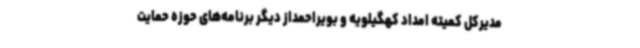
مدیرکل کمیته امداد کهگیلویه و بویراحمداز دیگر برنامه‌های حوزه حمایت